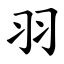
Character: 羽